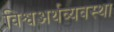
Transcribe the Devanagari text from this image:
विश्वअर्थव्यवस्था